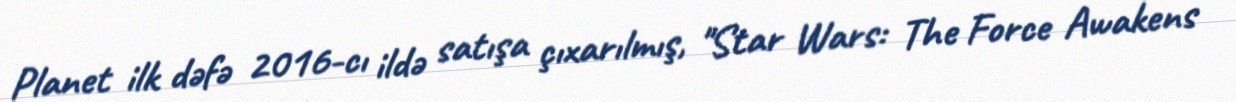
Planet ilk dəfə 2016-cı ildə satışa çıxarılmış, "Star Wars: The Force Awakens